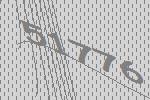
51776